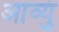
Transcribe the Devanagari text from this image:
आव्युं